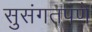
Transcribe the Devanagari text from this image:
सुसंगतपणे